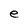
Character: e